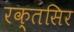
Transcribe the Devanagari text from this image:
रक्तसिर